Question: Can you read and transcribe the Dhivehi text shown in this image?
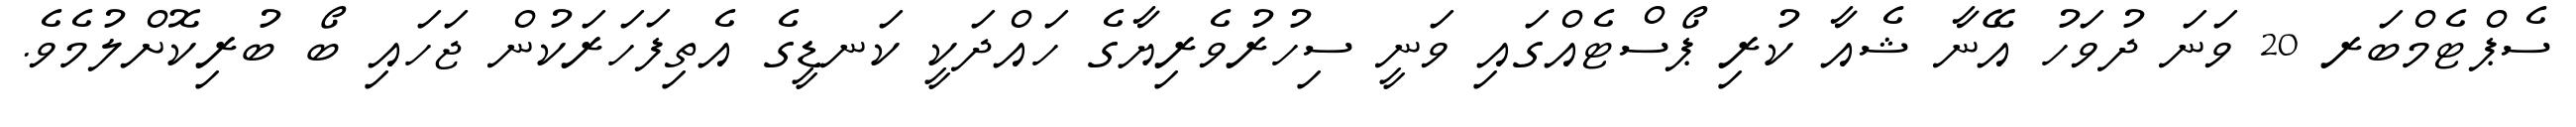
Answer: ސެޕްޓެމްބަރ 20 ވަނަ ދުވަހު އޭނާ ޝެއާ ކުރި ޕޯސްޓެއްގައި ވަނީ ސިހުރުވެރިޔާގެ ހައްދަކީ ކަނޑީގެ އެތިފަހަރަކުން ޖަހައި ބޯ ބުރިކޮށްލުމެވެ.